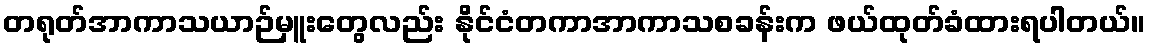
တရုတ်အာကာသယာဉ်မှူးတွေလည်း နိုင်ငံတကာအာကာသစခန်းက ဖယ်ထုတ်ခံထားရပါတယ်။